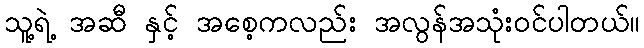
သူ့ရဲ့ အဆီ နှင့် အစေ့ကလည်း အလွန်အသုံးဝင်ပါတယ်။